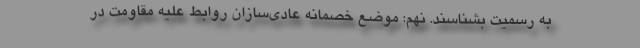
به رسمیت بشناسند. نهم: موضع خصمانه عادی‌سازان روابط علیه مقاومت در